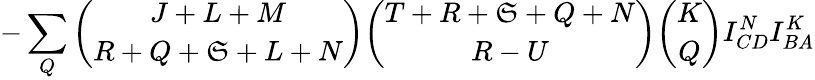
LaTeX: -\sum_{Q}{\binom{J+L+M}{R+Q+\mathfrak{S}+L+N}}{\binom{T+R+\mathfrak{S}+Q+N}{R-U}}{\binom{K}{Q}}I_{CD}^{N}I_{BA}^{K}